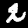
Label: 2